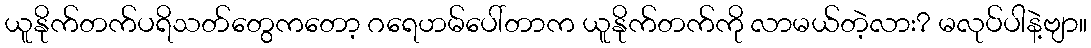
ယူနိုက်တက်ပရိသတ်တွေကတော့ ဂရေဟမ်ပေါ်တာက ယူနိုက်တက်ကို လာမယ်တဲ့လား? မလုပ်ပါနဲ့ဗျာ။